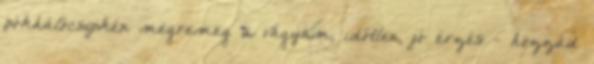
pókhálócsipkén megremeg a vágyam, időtlen, jó érzés - hozzád